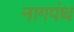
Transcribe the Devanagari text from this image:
नागपंथ